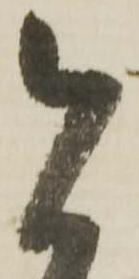
今